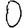
Digit: 0